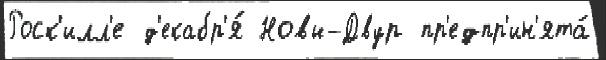
Роск'илл'е д'екабр'я́ Новы-Двур пр'едпр'ин'ята́